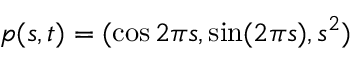
p ( s , t ) = ( \cos 2 \pi s , \sin ( 2 \pi s ) , s ^ { 2 } )